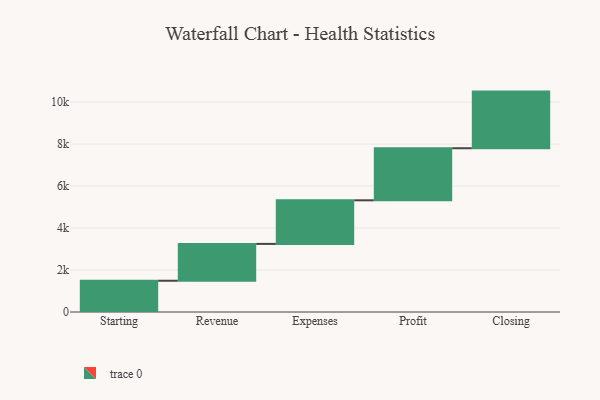
{"axis": {"x": "Step", "y": "Value"}, "legend": [""], "data": [{"x": "Starting", "y": 1490.0, "type": ""}, {"x": "Revenue", "y": 1755.0, "type": ""}, {"x": "Expenses", "y": 2077.0, "type": ""}, {"x": "Profit", "y": 2481.0, "type": ""}, {"x": "Closing", "y": 2699.0, "type": ""}]}